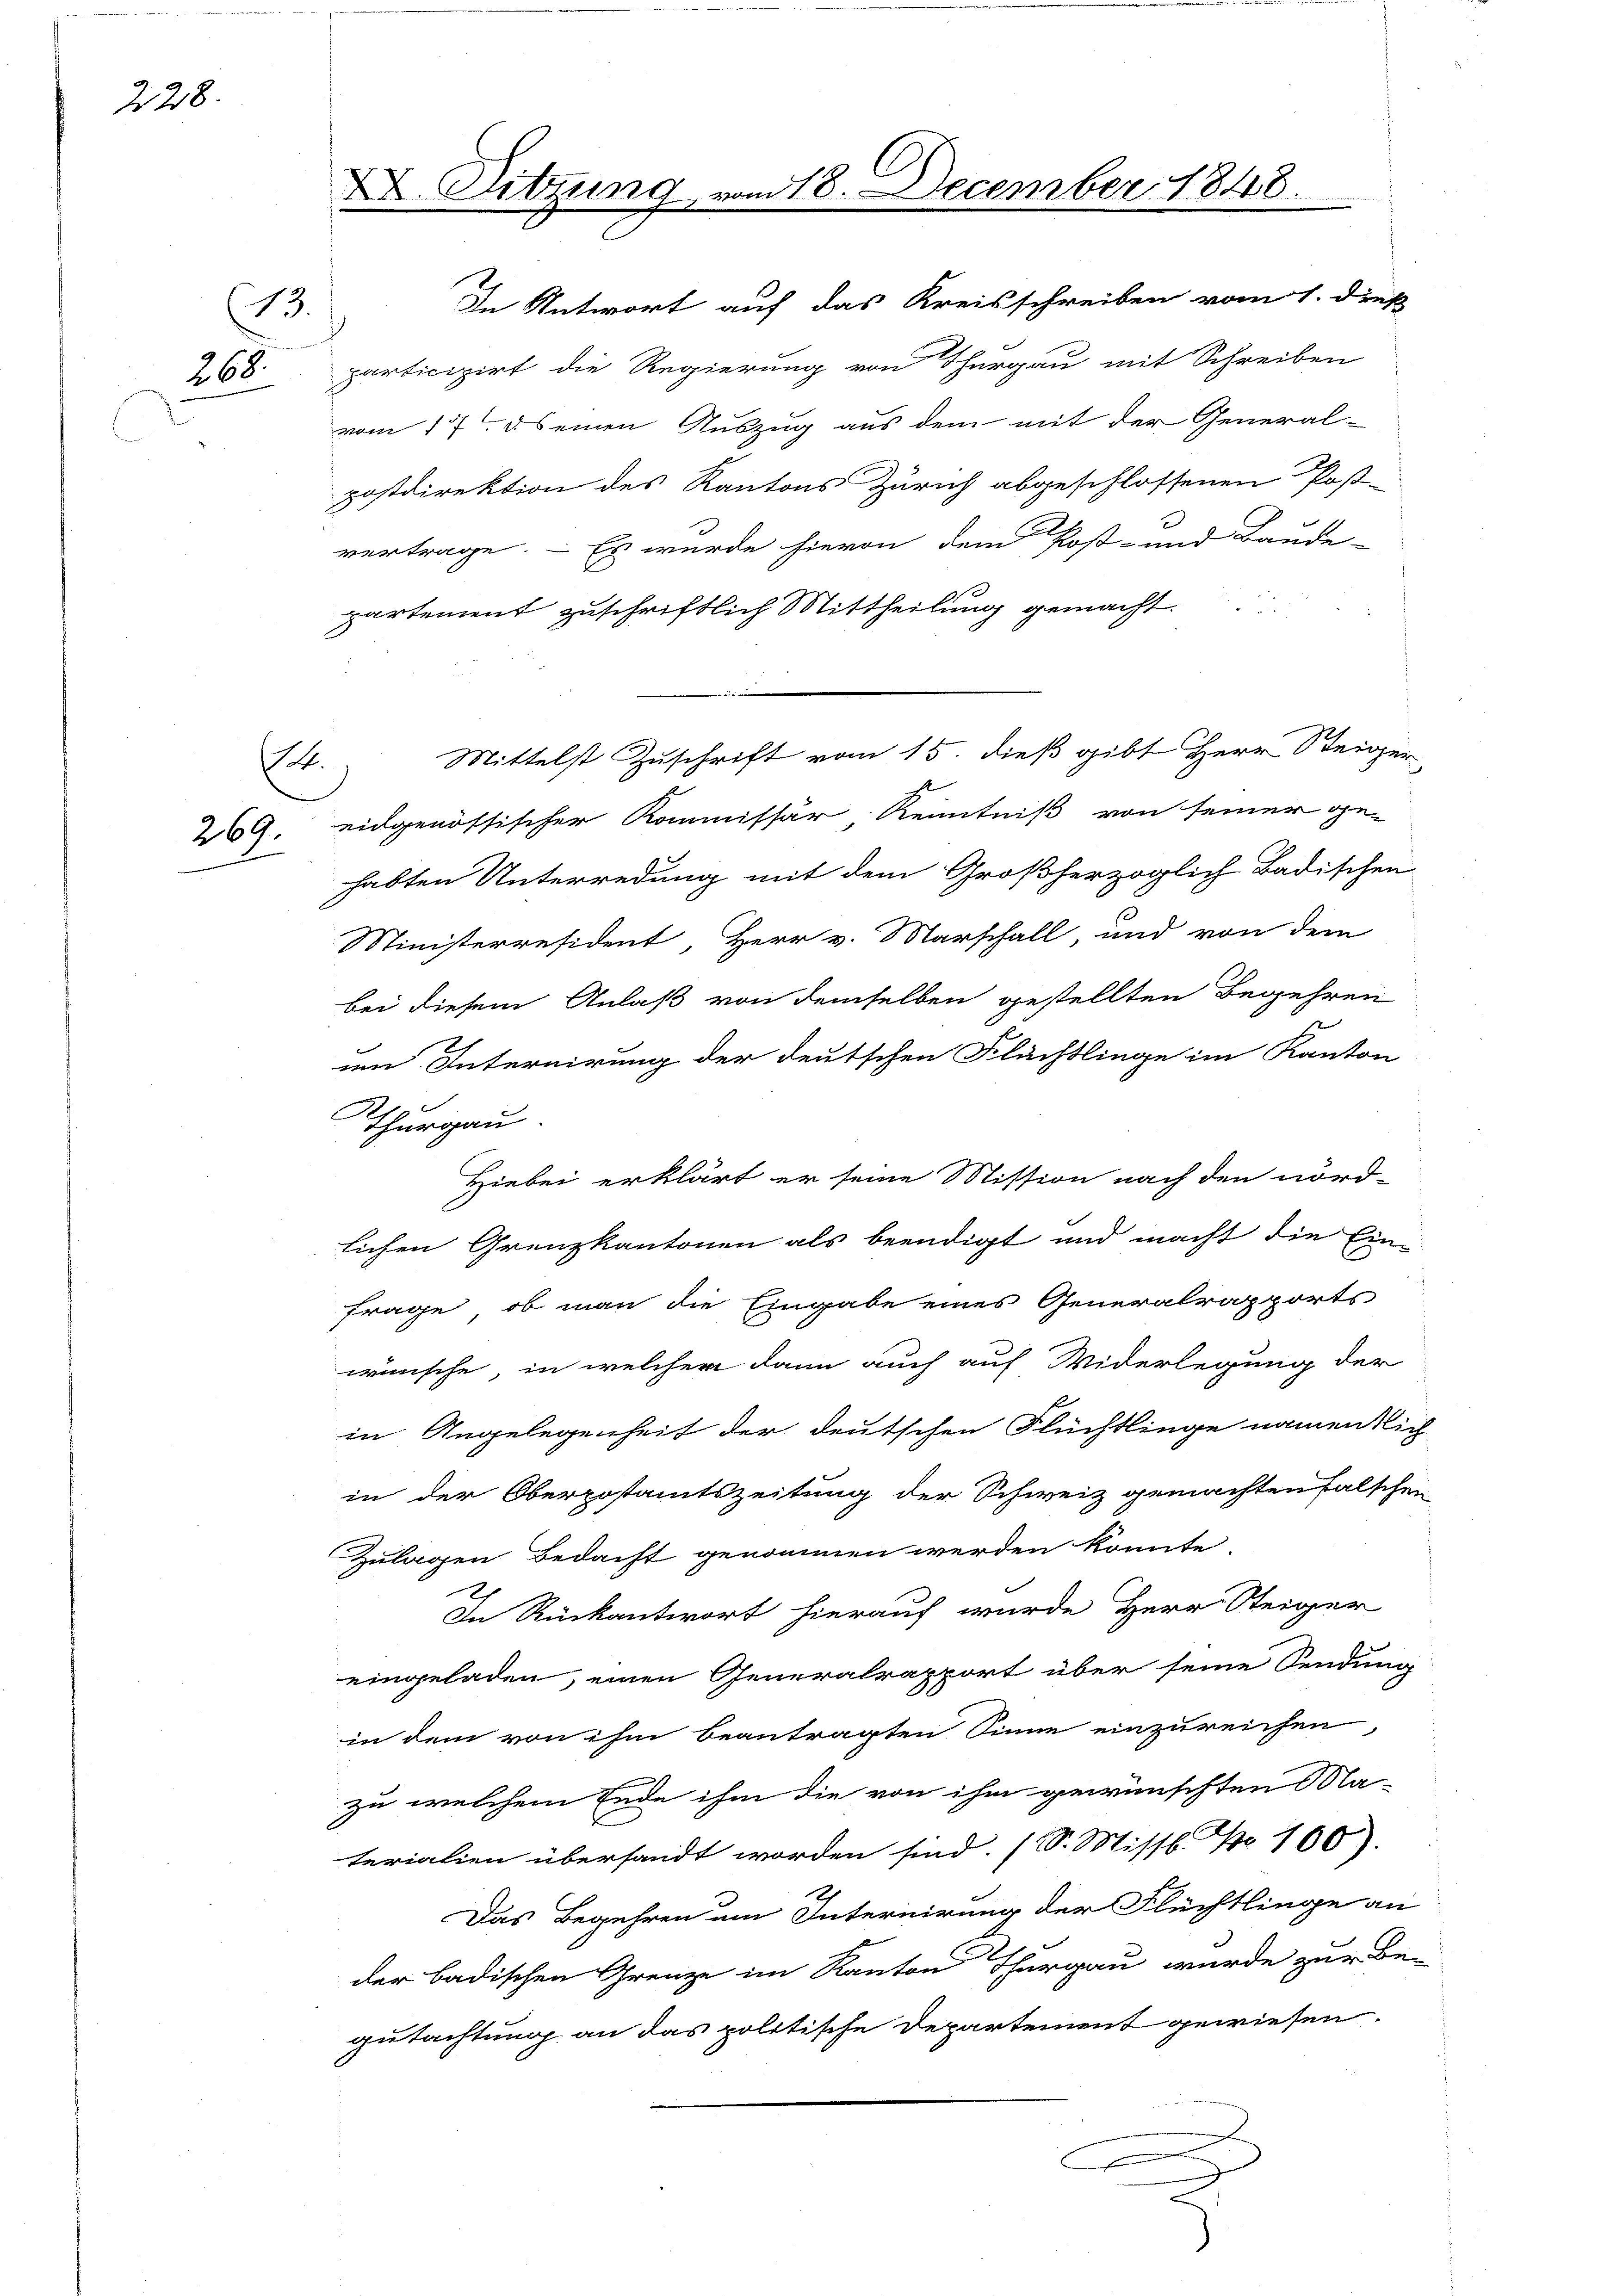
228.

13.
268.

.

In Antwort auf das Kreisschreiben vom 1. dieß
participirt die Regierung von Thurgau mit Schreiben
vom 17t ds einen Auszug aus dem mit der General-
postdirektion des Kantons Zürich abgeschlossenen Post-
vertrage. – Es wurde hievon dem Post- und Baude-
partement zuschriftlich Mittheilung gemacht.
269. eidgenössischer Kommissär Kenntniß von seiner ge-
habten Unterredung mit dem Großherzoglich Badischen
Ministerresident, Herr v. Marschall, und von dem
bei diesem Anlaß von demselben gestellten Begehren
um Internirung der deutschen Flächtlinge im Kanton
Thurgau
Hiebei erklärt er seine Mission nach den nörd-
lichen Grenzkantonen als beendigt und macht die Ein-
Frage, ob man die Eingabe eines Generalrapports
wünsche, in welcher dann auch auf Widerlegung der
in Angelegenheit der deutschen Flüchtlinge namentlich
in der Oberpostamtszeitung der Schweiz gemachten falschen
Zulagen Bedacht genommen werden könnte.
x
In Rückantwort hierauf wurde Herr Steiger
eingeladen, einen Generalrapport über seine Sendung
in dem von ihm beantragten Sinne einzureichen
zu welchem Ende ihm die von ihm gewünschten Mlaterialien übersandt worden sind. (S. Missb. No 100).
Das Begehren um Internirung der Flüchtlinge an
der badischen Grenze im Kanton Thurgau wurde zur Be-
gutachtung an das politische Departement gewiesen.

X. Sitzung

418. December 1848.

Mittelst Zuschrift vom 15. dieß gibt Herr Steiger